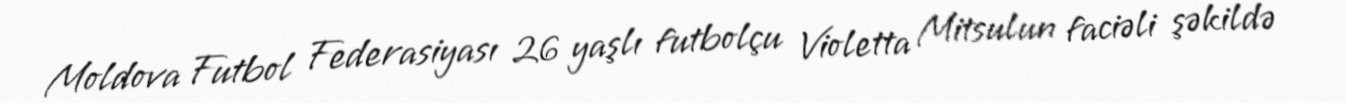
Moldova Futbol Federasiyası 26 yaşlı futbolçu Violetta Mitsulun faciəli şəkildə